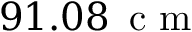
9 1 . 0 8 \, \mathrm { ~ c ~ m ~ }